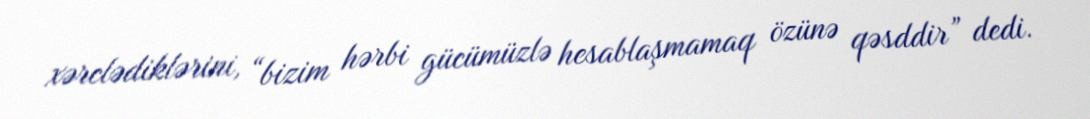
xərclədiklərini, “bizim hərbi gücümüzlə hesablaşmamaq özünə qəsddir” dedi.